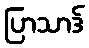
ပြာသာဒ်